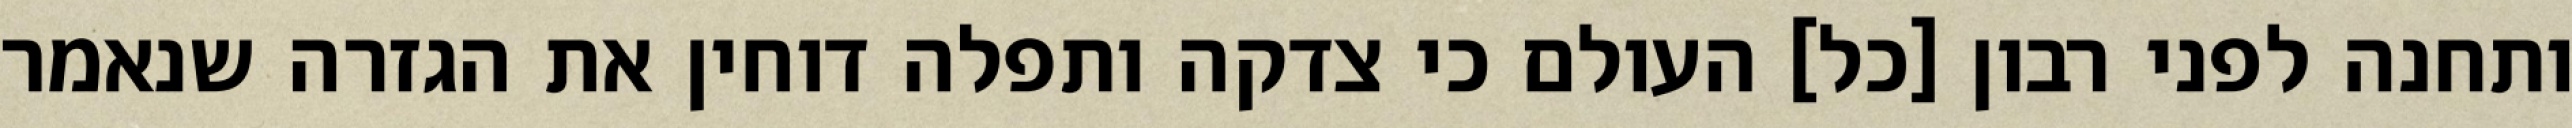
ותחנה לפני רבון [כל] העולם כי צדקה ותפלה דוחין את הגזרה שנאמר